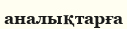
аналықтарға